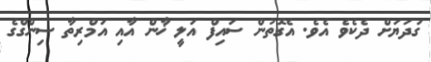
ގަދަޔަށް ދެކެވެ އެވެ. އެގޮތުން ސައިފް އަލީ ޚާން އާއި އަމްރިތާ ސިންގްގެ